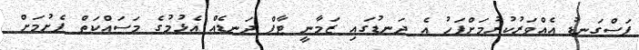
ފަސްގަނޑު އެއްވަރުކުރުމަށްފަހު އެ ދަނޑުގައި ޒަމާނީ ޓާފް ދަނޑެއް އެޅުމުގެ މަސައްކަތް ފެށުމަށް